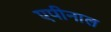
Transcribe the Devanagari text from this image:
एपीनाल